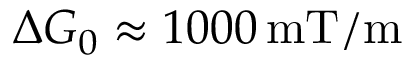
\Delta G _ { 0 } \approx 1 0 0 0 \, \mathrm { m T / m }